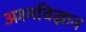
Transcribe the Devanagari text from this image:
अश्मविज्ञान